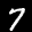
Label: 7